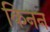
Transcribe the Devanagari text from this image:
किनन